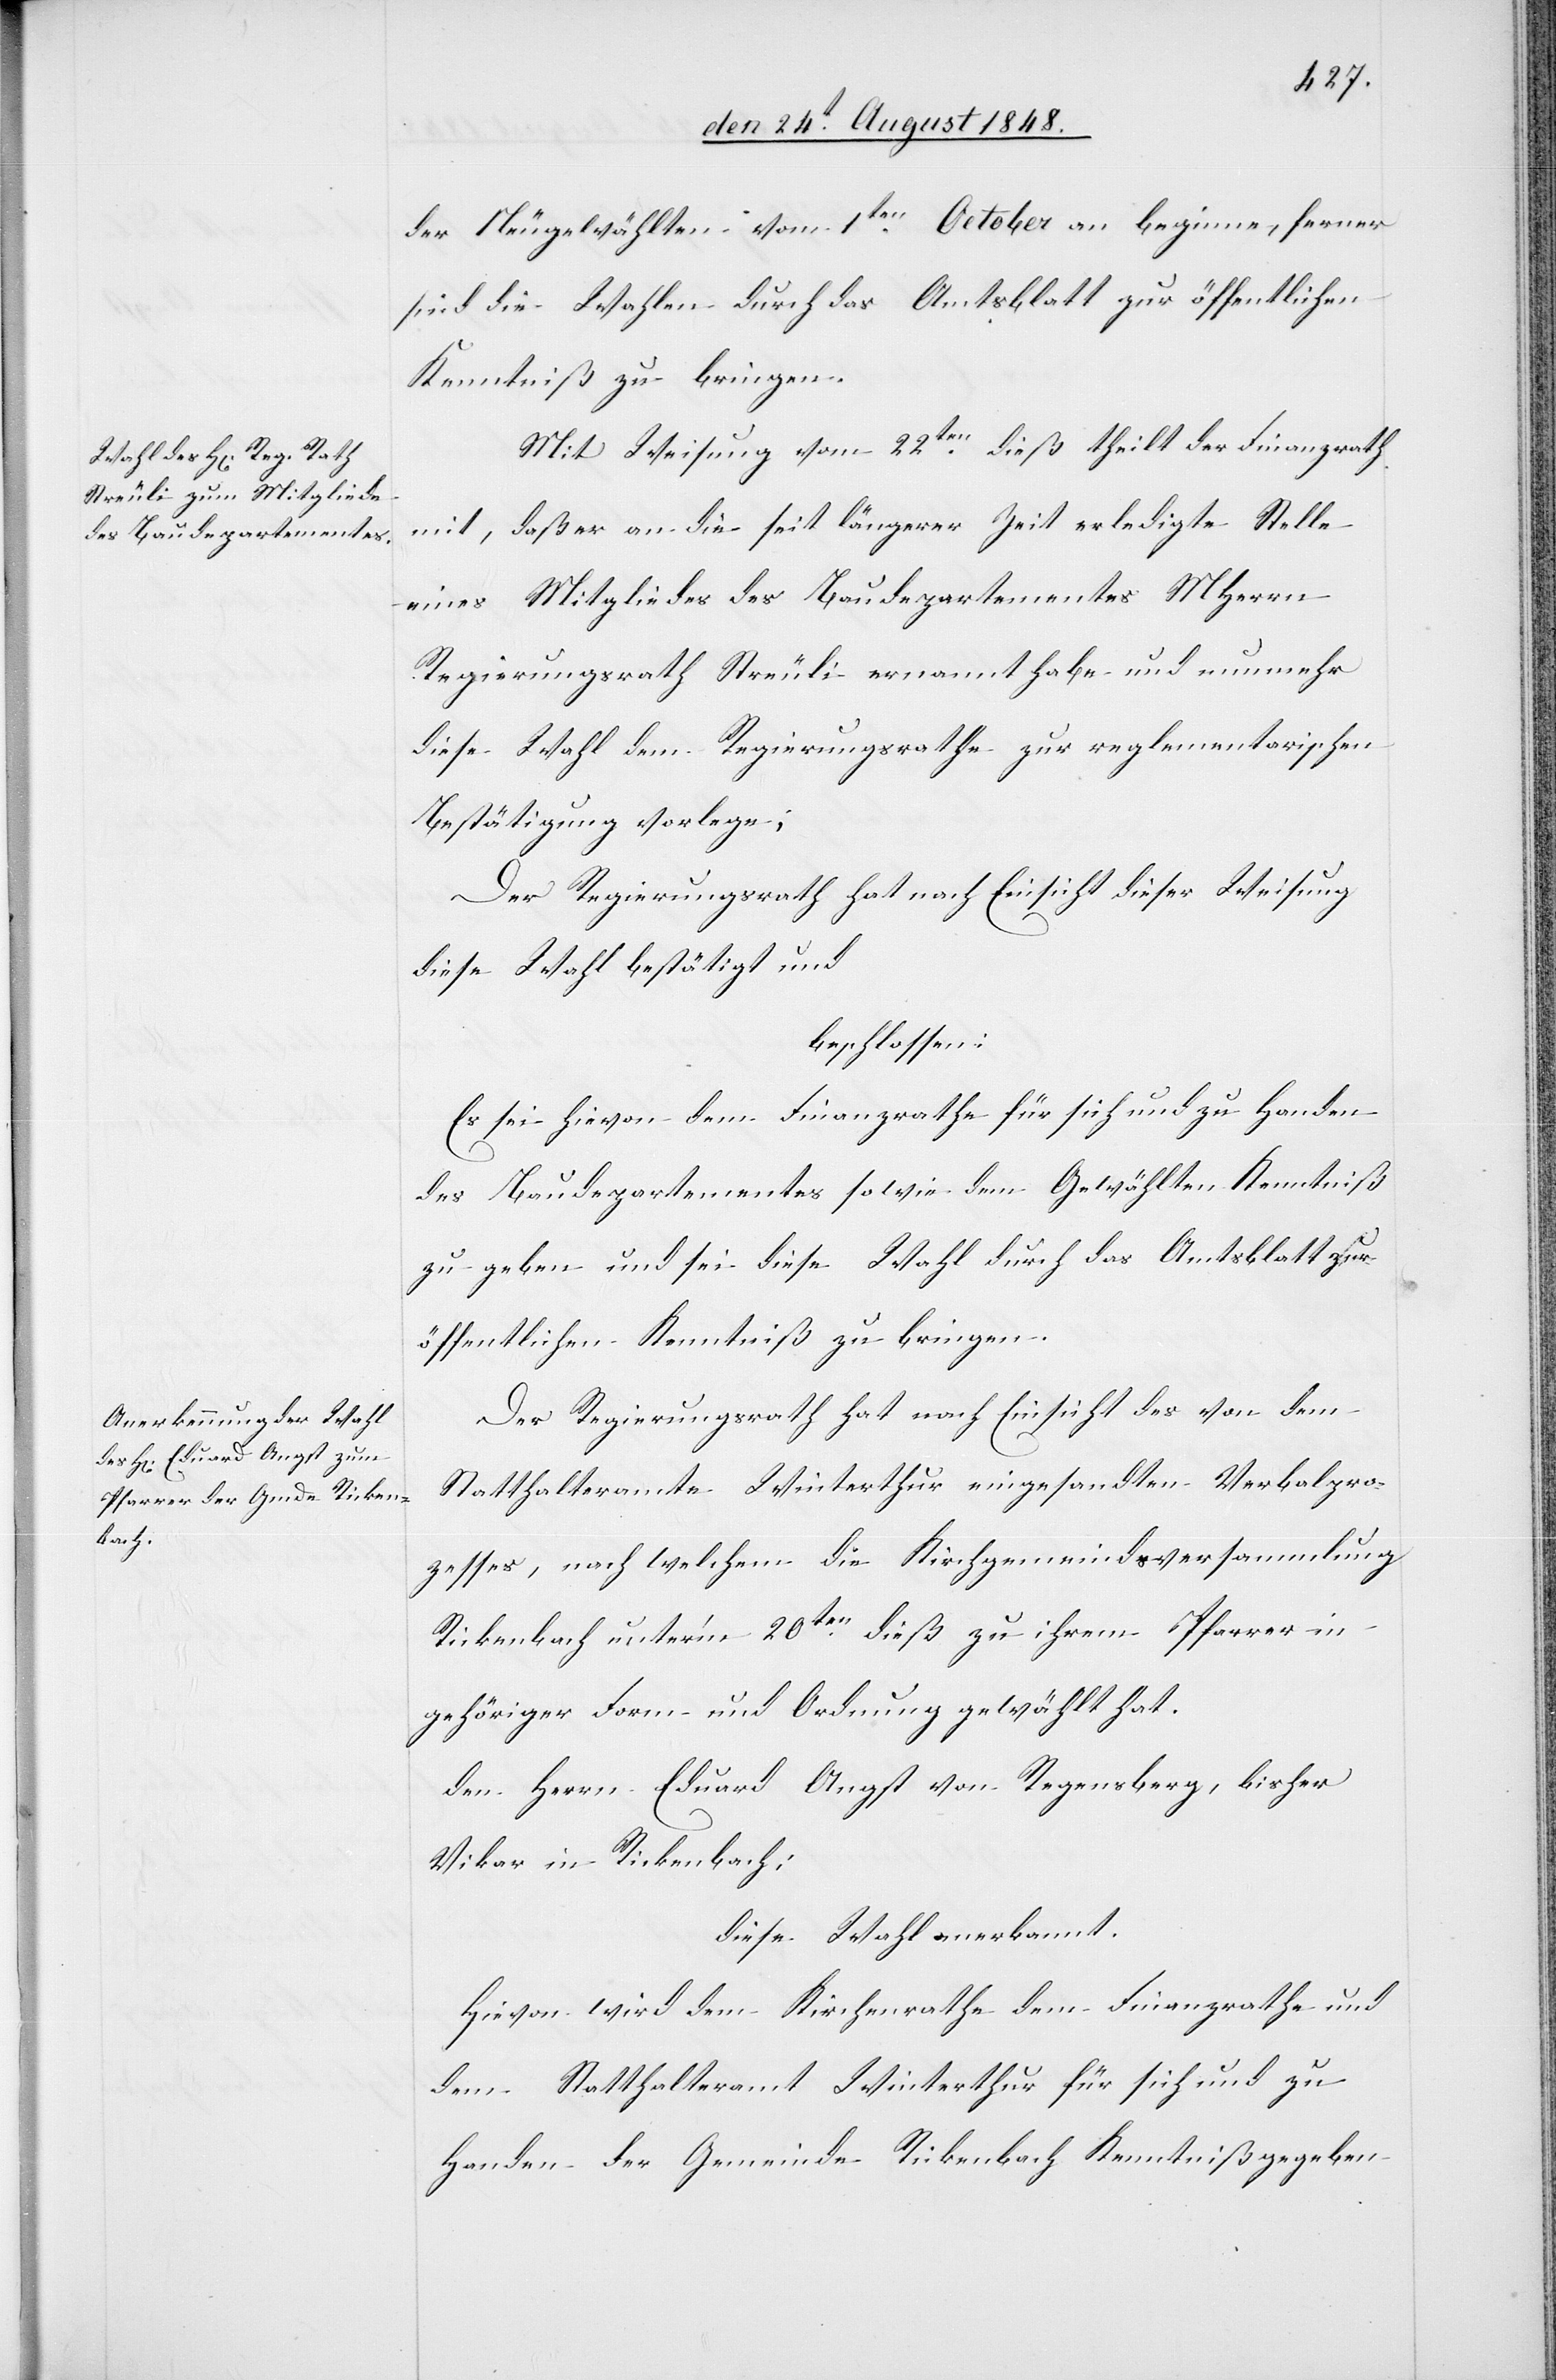
der Neugewählten vom 1ten October an beginne, ferner
sind die Wahlen durch das Amtsblatt zur öffentlichen
Kenntniß zu bringen.
Mit Weisung vom 22ten dieß theilt der Finanzrath
mit, daß er an die seit längerer Zeit erledigte Stelle
eines Mitgliedes des Baudepartementes MHHerrn
Regierungsrath Streuli ernannt habe und nunmehr
diese Wahl dem Regierungsrathe zur reglementarischen
Bestätigung vorlege;
Der Regierungsrath hat nach Einsicht dieser Weisung
diese Wahl bestätigt und
beschlossen:
Es sei hievon dem Finanzrathe für sich und zu Handen
des Baudepartementes sowie dem Gewählten Kenntniß
zu geben und sei diese Wahl durch das Amtblatt zur
öffentlichen Kenntniß zu bringen.
Der Regierungsrath hat nach Einsicht des von dem
Statthalteramte Winterthur eingesandten Verbalpro¬
zesses, nach welchem die Kirchgemeindsversammlung
Rickenbach unter’m 20ten dieß zu ihrem Pfarrer in
gehöriger Form und Ordnung gewählt hat.
den Herrn Eduard Angst von Regensberg, bisher
Vikar in Rickenbach:
diese Wahl anerkannt.
Hievon wird dem Kirchenrathe dem Finanzrathe und
dem Statthalteramt Winterthur für sich und zu
Handen der Gemeinde Rickenbach Kenntniß gegeben